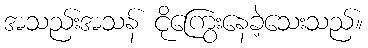
အသည်းအသန် ငိုကြွေးနေခဲ့သေးသည်။